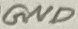
Text: GND